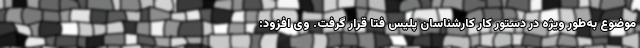
موضوع به‌طور ویژه در دستور کار کارشناسان پلیس فتا قرار گرفت. وی افزود: